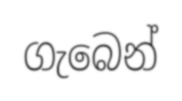
ගැබෙන්